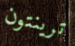
ترينتون